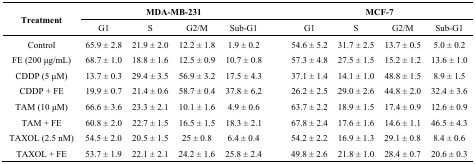
<table><thead><tr><td rowspan="2"><b>Treatment</b></td><td colspan="4"><b>MDA-MB-231</b></td><td></td><td colspan="4"><b>MCF-7</b></td></tr><tr><td><b>G1</b></td><td><b>S</b></td><td><b>G2/M</b></td><td><b>Sub-G1</b></td><td></td><td><b>G1</b></td><td><b>S</b></td><td><b>G2/M</b></td><td><b>Sub-G1</b></td></tr></thead><tbody><tr><td>Control</td><td>65.9 ± 2.8</td><td>21.9 ± 2.0</td><td>12.2 ± 1.8</td><td>1.9 ± 0.2</td><td></td><td>54.6 ± 5.2</td><td>31.7 ± 2.5</td><td>13.7 ± 0.5</td><td>5.0 ± 0.2</td></tr><tr><td>FE (200 μg/mL)</td><td>68.7 ± 1.0</td><td>18.8 ± 1.6</td><td>12.5 ± 0.9</td><td>10.7 ± 0.8</td><td></td><td>57.3 ± 4.8</td><td>27.5 ± 1.5</td><td>15.2 ± 1.2</td><td>13.6 ± 1.0</td></tr><tr><td>CDDP (5 μM)</td><td>13.7 ± 0.3</td><td>29.4 ± 3.5</td><td>56.9 ± 3.2</td><td>17.5 ± 4.3</td><td></td><td>37.1 ± 1.4</td><td>14.1 ± 1.0</td><td>48.8 ± 1.5</td><td>8.9 ± 1.5</td></tr><tr><td>CDDP + FE</td><td>19.9 ± 0.7</td><td>21.4 ± 0.6</td><td>58.7 ± 0.4</td><td>37.8 ± 6.2</td><td></td><td>26.2 ± 2.5</td><td>29.0 ± 2.6</td><td>44.8 ± 2.0</td><td>32.4 ± 3.6</td></tr><tr><td>TAM (10 μM)</td><td>66.6 ± 3.6</td><td>23.3 ± 2.1</td><td>10.1 ± 1.6</td><td>4.9 ± 0.6</td><td></td><td>63.7 ± 2.2</td><td>18.9 ± 1.5</td><td>17.4 ± 0.9</td><td>12.6 ± 0.9</td></tr><tr><td>TAM + FE</td><td>60.8 ± 2.0</td><td>22.7 ± 1.5</td><td>16.5 ± 1.5</td><td>18.3 ± 2.1</td><td></td><td>67.8 ± 2.4</td><td>17.6 ± 1.6</td><td>14.6 ± 1.1</td><td>46.5 ± 4.3</td></tr><tr><td>TAXOL (2.5 nM)</td><td>54.5 ± 2.0</td><td>20.5 ± 1.5</td><td>25 ± 0.8</td><td>6.4 ± 0.4</td><td></td><td>54.2 ± 2.2</td><td>16.9 ± 1.3</td><td>29.1 ± 0.8</td><td>8.4 ± 0.6</td></tr><tr><td>TAXOL + FE</td><td>53.7 ± 1.9</td><td>22.1 ± 2.1</td><td>24.2 ± 1.6</td><td>25.8 ± 2.4</td><td></td><td>49.8 ± 2.6</td><td>21.8 ± 1.0</td><td>28.4 ± 0.7</td><td>20.6 ± 0.3</td></tr></tbody></table>